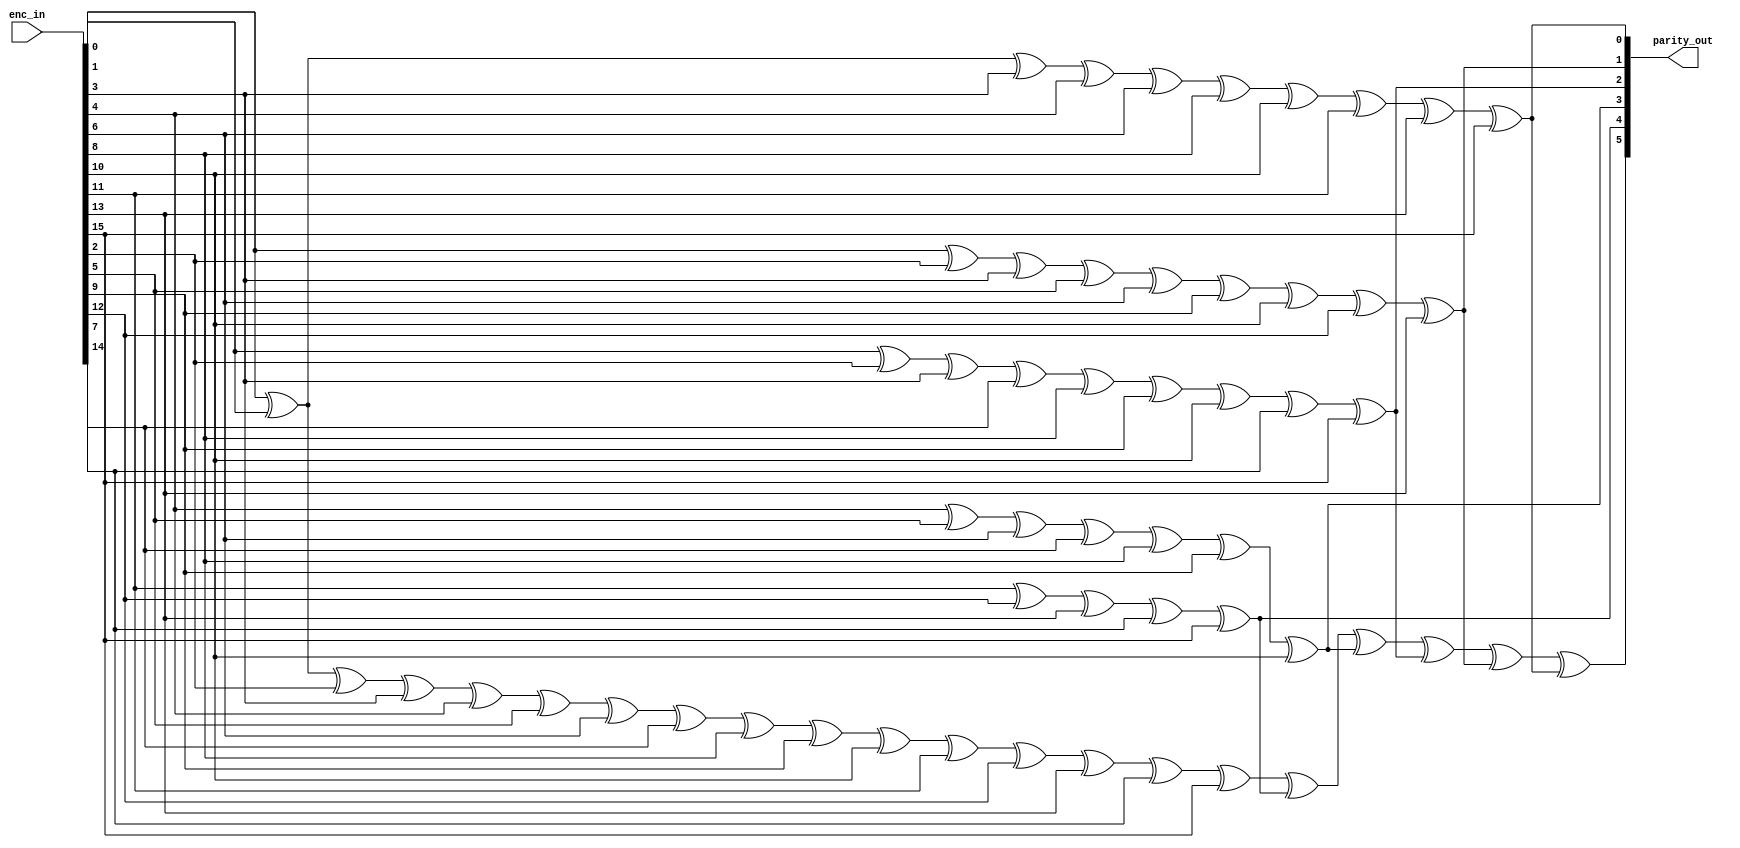
`timescale 1ns / 1ps
//-------------------------------------------------------------------------------------------------------------------
// 	ECC 16-data/6-parity Encoder
//	02/19/09	Initial copied from Xilinx xapp645 top_32b_EDC.v
//	02/23/09	Removed FFs + reorganized into separate ecoder/decoder sections
//	03/03/09	Converted from 32-bit version
//	07/26/10	Port to ise 12
//-------------------------------------------------------------------------------------------------------------------
	module ecc16_encoder (
	enc_in,
	parity_out
	);
//-------------------------------------------------------------------------------------------------------------------
// Ports
//-------------------------------------------------------------------------------------------------------------------
	input	[15:0]	enc_in;
	output	[5:0]	parity_out;

//-------------------------------------------------------------------------------------------------------------------
// Encoder checkbit generator equations
//-------------------------------------------------------------------------------------------------------------------
	wire [5:0]	enc_chk;

	assign enc_chk[0] = enc_in[0]  ^ enc_in[1]  ^ enc_in[3]  ^ enc_in[4]  ^ enc_in[6]  ^ enc_in[8]  ^ enc_in[10] ^ enc_in[11] ^ enc_in[13] ^ enc_in[15];
	assign enc_chk[1] = enc_in[0]  ^ enc_in[2]  ^ enc_in[3]  ^ enc_in[5]  ^ enc_in[6]  ^ enc_in[9]  ^ enc_in[10] ^ enc_in[12] ^ enc_in[13];
	assign enc_chk[2] = enc_in[1]  ^ enc_in[2]  ^ enc_in[3]  ^ enc_in[7]  ^ enc_in[8]  ^ enc_in[9]  ^ enc_in[10] ^ enc_in[14] ^ enc_in[15];
	assign enc_chk[3] = enc_in[4]  ^ enc_in[5]  ^ enc_in[6]  ^ enc_in[7]  ^ enc_in[8]  ^ enc_in[9]  ^ enc_in[10];
	assign enc_chk[4] = enc_in[11] ^ enc_in[12] ^ enc_in[13] ^ enc_in[14] ^ enc_in[15];
	assign enc_chk[5] =
	enc_in[0]  ^ enc_in[1]  ^ enc_in[2]  ^ enc_in[3]  ^ enc_in[4]  ^ enc_in[5]  ^ enc_in[6]  ^ enc_in[7]  ^
	enc_in[8]  ^ enc_in[9]  ^ enc_in[10] ^ enc_in[11] ^ enc_in[12] ^ enc_in[13] ^ enc_in[14] ^ enc_in[15] ^
	enc_chk[4] ^ enc_chk[3] ^ enc_chk[2] ^ enc_chk[1] ^ enc_chk[0];

	assign parity_out[5:0] = enc_chk[5:0];

//-------------------------------------------------------------------------------------------------------------------
	endmodule
//-------------------------------------------------------------------------------------------------------------------